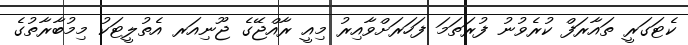
ކެޓަގަރީ ތައާރަފް ކުރެވުނު ފުރަތަމަ ފަހަރަށްވާއިރު މިއީ ރާއްޖޭގެ ޖޫނިއަރ އެތުލީޓަކު މިމުބާރާތުގެ